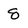
Character: 8